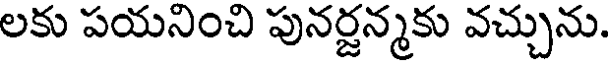
లకు పయనించి పునర్జన్మకు వచ్చును.